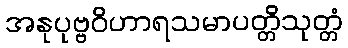
အနုပုဗ္ဗဝိဟာရသမာပတ္တိသုတ္တံ